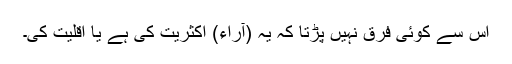
اس سے کوئی فرق نہیں پڑتا کہ یہ (آراء) اکثریت کی ہے یا اقلیت کی۔